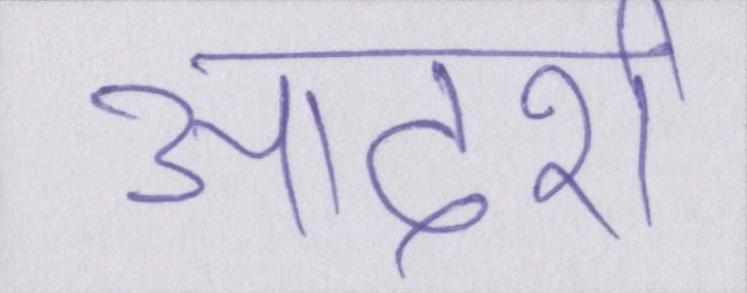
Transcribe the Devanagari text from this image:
आदर्श